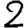
Digit: 2